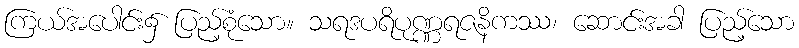
ကြယ်အပေါင်း၌ ပြည့်စုံသော။ သရဒပရိပုဏ္ဏရဇနိကဿ၊ ဆောင်းအခါ ပြည့်သော